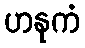
ဟနုကံ